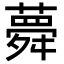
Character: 𦾋